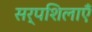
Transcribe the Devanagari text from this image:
सर्पशिलाएँ